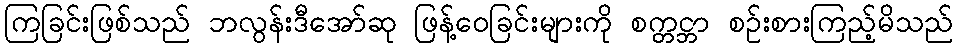
ကြခြင်းဖြစ်သည် ဘလွန်းဒီအော်ဆု ဖြန့်ဝေခြင်းများကို စက္တင္ဘာ စဉ်းစားကြည့်မိသည်